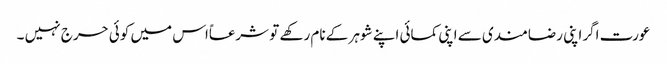
عورت اگراپنی رضامندی سے اپنی کمائی اپنے شوہر کے نام رکھے تو شرعاًاس میں کوئی حرج نہیں ۔